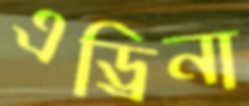
এড্রিনা